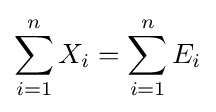
\sum _{i=1}^{n}X_{i}=\sum _{i=1}^{n}E_{i}